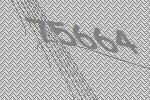
75664